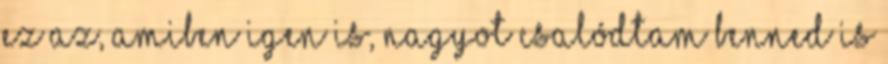
ez az, amiben igen is, nagyot csalódtam benned is